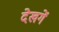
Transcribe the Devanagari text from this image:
देखगें